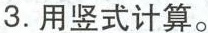
3.用竖式计算。